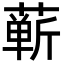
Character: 蕲